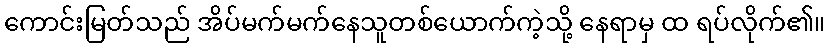
ကောင်းမြတ်သည် အိပ်မက်မက်နေသူတစ်ယောက်ကဲ့သို့ နေရာမှ ထ ရပ်လိုက်၏။